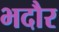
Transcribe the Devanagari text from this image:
भदौर